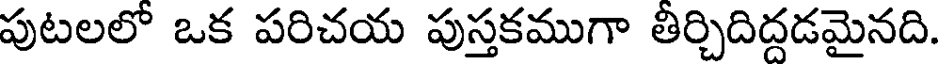
పుటలలో ఒక పరిచయ పుస్తకముగా తిర్చిదిద్దడమైనది.